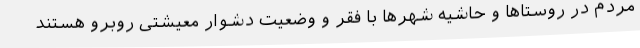
مردم در روستاها و حاشیه شهرها با فقر و وضعیت دشوار معیشتی روبرو هستند